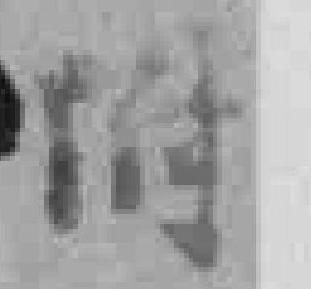
附